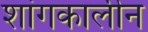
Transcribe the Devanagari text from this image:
शांगकालीन